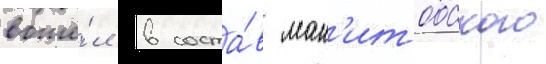
вошё́л в соста́в ман'итобского